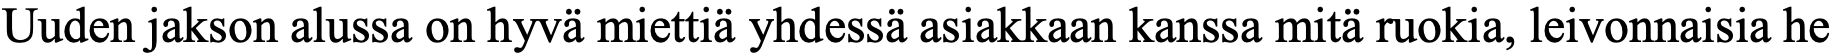
Uuden jakson alussa on hyvä miettiä yhdessä asiakkaan kanssa mitä ruokia, leivonnaisia he